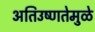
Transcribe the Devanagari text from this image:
अतिउष्णतेमुळे